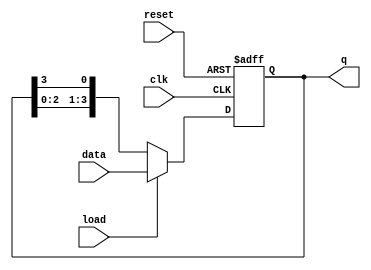
module loadable_ring_counter (
    input wire clk,           // Clock input
    input wire reset,         // Asynchronous reset input
    input wire load,          // Load input
    input wire [N-1:0] data,  // Data input for loading
    output reg [N-1:0] q      // Output state of the counter
);
    parameter N = 4; // Number of bits in the counter (adjust as needed)

    always @(posedge clk or posedge reset) begin
        if (reset) begin
            // Asynchronous reset to zero
            q <= {N{1'b0}};
        end else if (load) begin
            // Load the data input into the counter
            q <= data;
        end else begin
            // Ring counting mode
            // Shift the bits in a circular manner
            q <= {q[N-2:0], q[N-1]}; // Shift left and feed last bit to first
        end
    end
endmodule